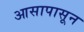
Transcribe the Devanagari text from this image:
आसापासून